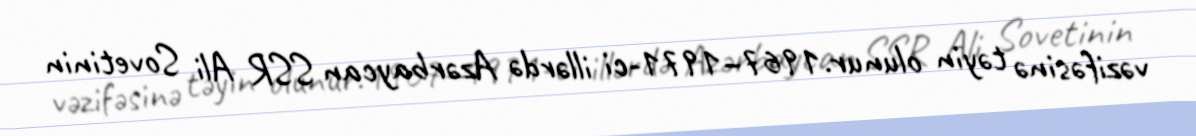
vəzifəsinə təyin olunur.1967–1971-ci illərdə Azərbaycan SSR Ali Sovetinin